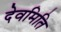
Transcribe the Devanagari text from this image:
देवमिति